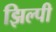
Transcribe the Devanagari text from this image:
झिल्पी